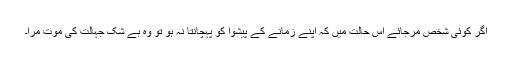
اگر کوئی شخص مرجائے اس حالت میں کہ اپنے زمانے کے پیشوا کو پہچانتا نہ ہو تو وہ بے شک جہالت کی موت مرا۔